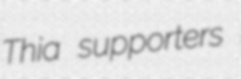
Thia supporters